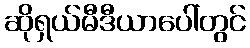
ဆိုရှယ်မီဒီယာပေါ်တွင်